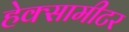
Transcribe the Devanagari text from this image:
हेक्सामीटर